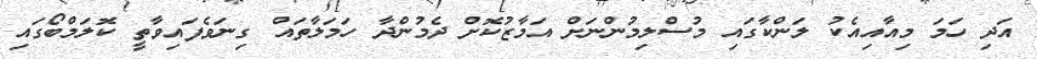
އަދި ހަމަ މިއާއިއެކު ލަންކާގައި މުސްލިމުންނަށް އަމާޒުކޮށް ދެމުންދާ ހަމަލާތައް ގިނަވެފައިވާތީ ކޮލަމްބޯގައި